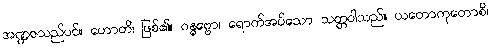
အဏ္ဍဇသည်ပင်။ ဟောတိ၊ ဖြစ်၏။ ဂန္ဓဗ္ဗော၊ ရောက်အပ်သော သတ္တဝါသည်။ ယတောကုတောစိ၊